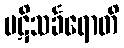
ပဋိသင်္ခရောတိ